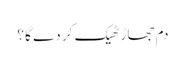
دم جھاڑ ٹھیک کر دے گا ؟